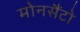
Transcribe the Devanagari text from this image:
मोनसैंटो